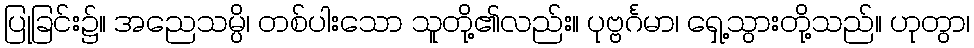
ပြုခြင်း၌။ အညေသမ္ပိ၊ တစ်ပါးသော သူတို့၏လည်း။ ပုဗ္ဗင်္ဂမာ၊ ရှေ့သွားတို့သည်။ ဟုတွာ၊